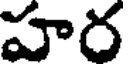
హర